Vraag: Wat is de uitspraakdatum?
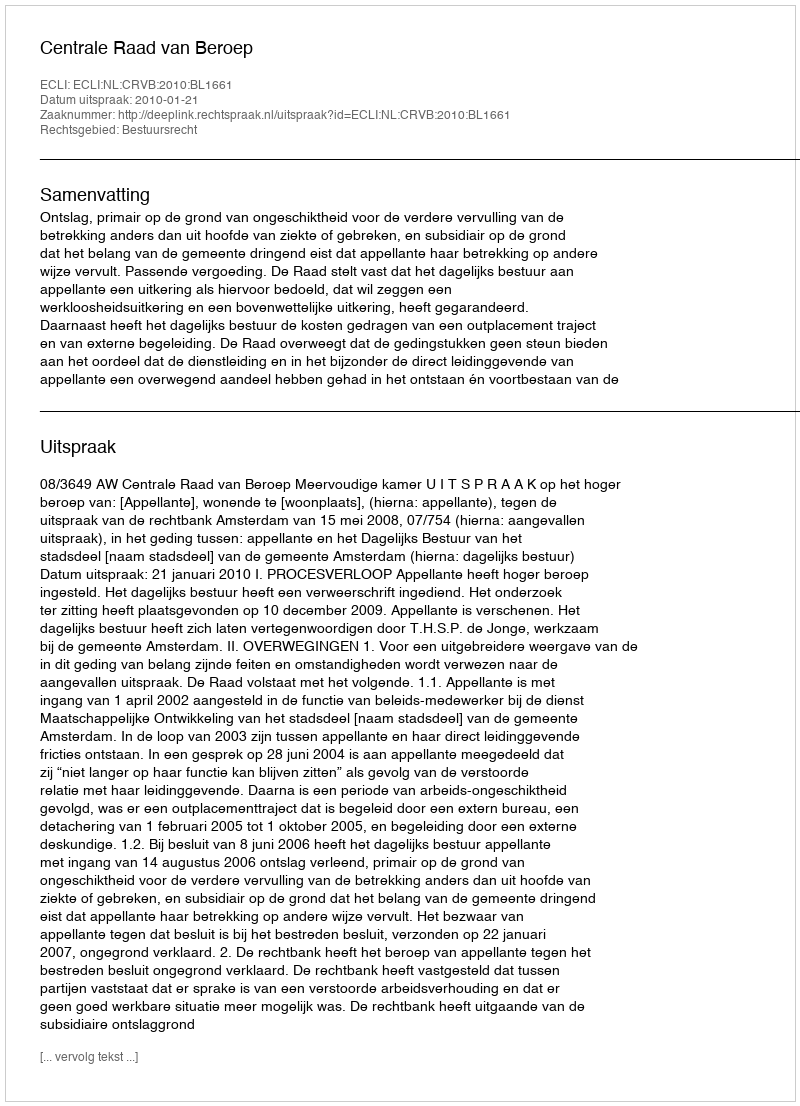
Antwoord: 2010-01-21